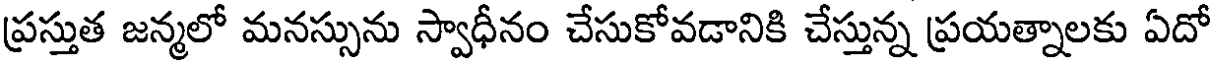
ప్రస్తుత జన్మలో మనస్సును స్వాధీనం చేసుకోవడానికి చేస్తున్న ప్రయత్నాలకు ఏదో